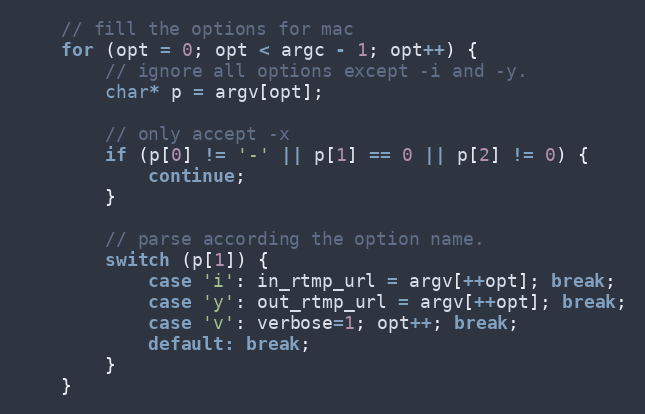
Language: C
    // fill the options for mac
    for (opt = 0; opt < argc - 1; opt++) {
        // ignore all options except -i and -y.
        char* p = argv[opt];

        // only accept -x
        if (p[0] != '-' || p[1] == 0 || p[2] != 0) {
            continue;
        }

        // parse according the option name.
        switch (p[1]) {
            case 'i': in_rtmp_url = argv[++opt]; break;
            case 'y': out_rtmp_url = argv[++opt]; break;
            case 'v': verbose=1; opt++; break;
            default: break;
        }
    }